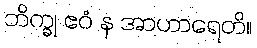
ဘိက္ခု ဧဝံ န အာဟာရေတိ။